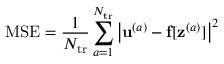
\mathrm { M S E } = \frac { 1 } { N _ { \mathrm { t r } } } \sum _ { a = 1 } ^ { N _ { \mathrm { t r } } } \left| \mathbf { u } ^ { ( a ) } - \mathbf { f } [ \mathbf { z } ^ { ( a ) } ] \right| ^ { 2 }